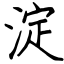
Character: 淀